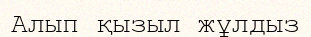
Алып қызыл жұлдыз